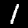
Label: 1